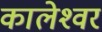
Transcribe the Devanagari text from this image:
कालेश्‍वर